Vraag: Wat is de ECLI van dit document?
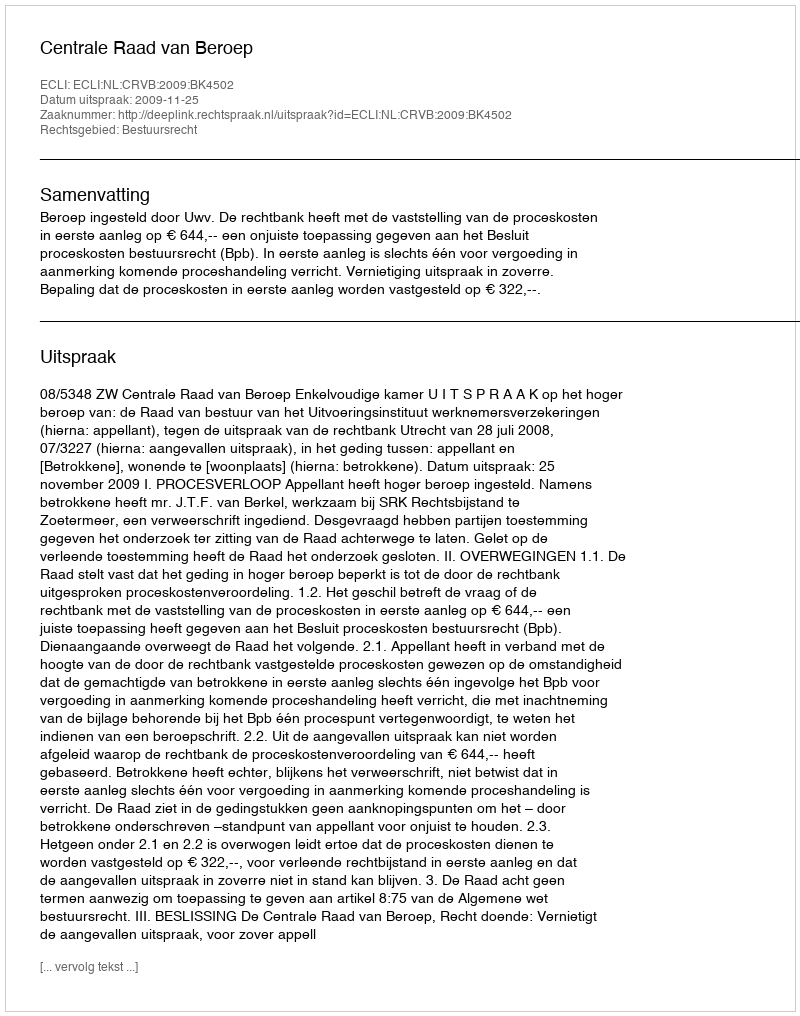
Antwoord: ECLI:NL:CRVB:2009:BK4502